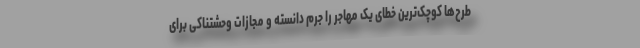
طرح‌ها کوچک‌ترین خطای یک مهاجر را جرم دانسته و مجازات وحشتناکی برای